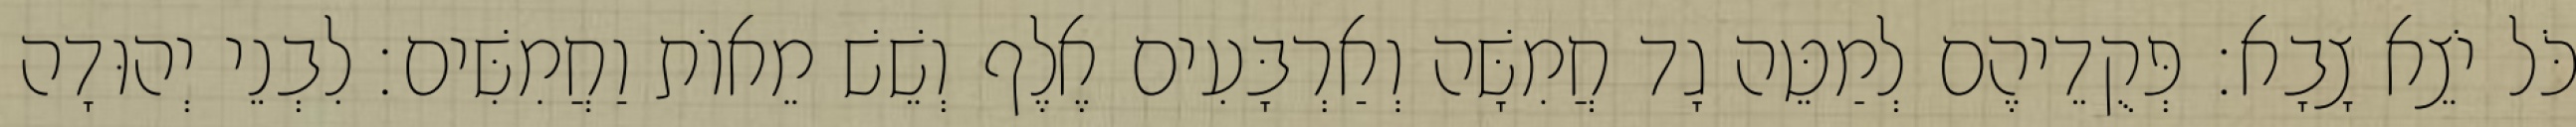
כֹּל יֹצֵא צָבָא׃ פְּקֻדֵיהֶם לְמַטֵּה גָד חֲמִשָּׁה וְאַרְבָּעִים אֶלֶף וְשֵׁשׁ מֵאוֹת וַחֲמִשִּׁים׃ לִבְנֵי יְהוּדָה